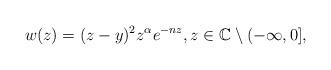
LaTeX: \begin{align*}w(z) = (z-y)^{2}z^{\alpha}e^{-nz}, z \in \mathbb{C}\setminus (-\infty,0],\end{align*}